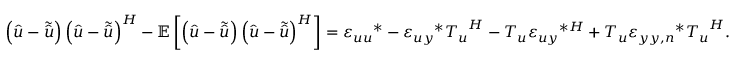
\left( \boldsymbol { \hat { u } } - \boldsymbol { \tilde { \hat { u } } } \right) \left( \boldsymbol { \hat { u } } - \boldsymbol { \tilde { \hat { u } } } \right) ^ { H } - \mathbb { E } \left[ \left( \boldsymbol { \hat { u } } - \boldsymbol { \tilde { \hat { u } } } \right) \left( \boldsymbol { \hat { u } } - \boldsymbol { \tilde { \hat { u } } } \right) ^ { H } \right] = \boldsymbol { \varepsilon _ { u u } } ^ { * } - \boldsymbol { \varepsilon _ { u y } } ^ { * } \boldsymbol { T _ { u } } ^ { H } - \boldsymbol { T _ { u } } { \boldsymbol { \varepsilon _ { u y } } ^ { * H } } + \boldsymbol { T _ { u } } \boldsymbol { \varepsilon _ { y y , n } } ^ { * } \boldsymbol { T _ { u } } ^ { H } .